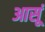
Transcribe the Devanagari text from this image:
आसूं